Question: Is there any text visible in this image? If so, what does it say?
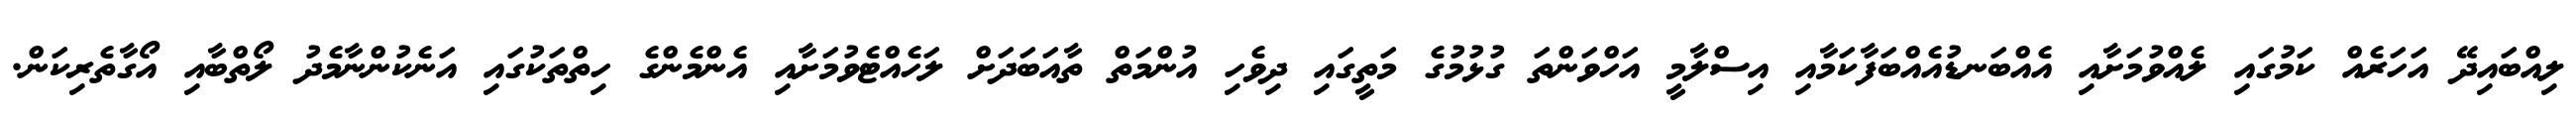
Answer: ލިއްބައިދޭ އަހަރެއް ކަމުގައި ލެއްވުމަށާއި އެއްބަނޑުއެއްބަފާކަމާއި އިސްލާމީ އަހްވަންތަ ގުޅުމުގެ މަތީގައި ދިވެހި އުންމަތް ތާއަބަދަށް ލަހެއްޓެވުމަށާއި އެންމެންގެ ހިތްތަކުގައި އަނެކުންނާމެދު ލޯތްބާއި އޯގާތެރިކަން.